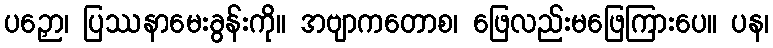
ပဉှော၊ ပြဿနာမေးခွန်းကို။ အဗျာကတောစ၊ ဖြေလည်းမဖြေကြားပေ။ ပန၊